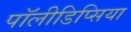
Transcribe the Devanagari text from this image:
पॉलीडिप्सिया